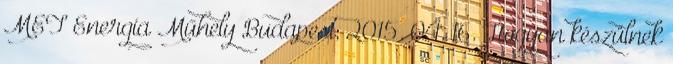
MET Energia Műhely Budapest, 2015. 04. 16. Hogyan készülnek